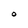
Character: O